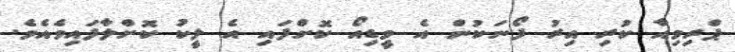
ޕްރިމިއާ ކުރި އިރު ފޯނަކުން އެ ވީޑިއޯ ކޮށްފައި އެ ލީކު ކޮށްލާފައިވެއެވެ.